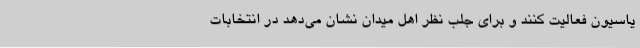
یاسیون فعالیت کنند و برای جلب نظر اهل میدان نشان می‌دهد در انتخابات